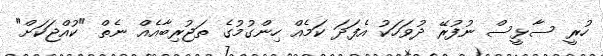
ހުރީ ސާޅީސް ނުފުރޭ ދުވަހަކު އެފަދަ ކަމެއް ހިންގުމުގެ ތަޖުރިބާއެއް ނެތް "ކުއްޖަކަށް"